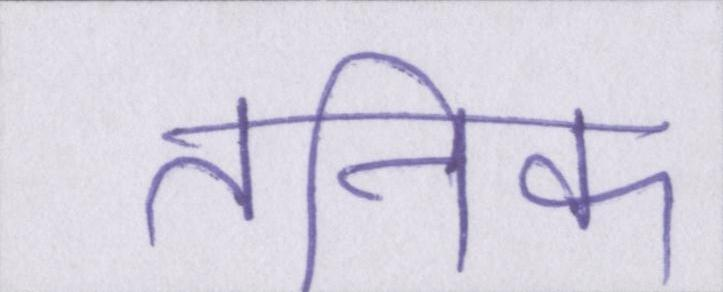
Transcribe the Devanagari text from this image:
तनिक